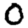
Digit: 0